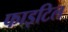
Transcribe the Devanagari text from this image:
फाइटिल